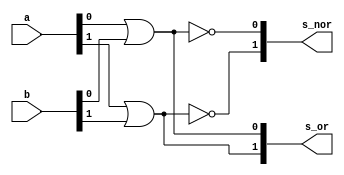
// -------------------------
// Exemplo0034 - OR/NOR e XOR/XNOR - 4 bits - Selecionvel
// Nome: Daniel Telles McGinnis
// -------------------------
// Previso:
// A sada sero a disjuno (OR) e a negao da disjuno (NOR) de cada bit dos
// dois operandos de 2 bits que servirem de entrada para subcircuito, e depois a
// disjuno exclusiva (XOR) e a negao da disjuno exclusiva (XNOR).
// Teste 1:
// Entradas: [a = 00 e b = 01], [a = 11 e b = 01], [primeiro: chave = 0, depois: chave = 1].
// Observaes da sada:
// A sada so oito linhas, duas para a disjuno feita bit a bit,
// duas para a negao da disjuno feita bit a bit, duas linhas
// para a disjuno exclusiva (XOR) e duas linhas para a negao
// da disjuno exclusiva (XNOR), como esperado.

module or_nor(output [1:0] s_or, output [1:0] s_nor,
              input [1:0] a, input [1:0] b);

	or D0 (s_or[0], a[0], b[0]);
	or D1 (s_or[1], a[1], b[1]);

	nor A0 (s_nor[0], a[0], b[0]);
	nor A1 (s_nor[1], a[1], b[1]);

endmodule // or_nor

module xor_xnor(output [1:0] s_xor, output [1:0] s_xnor,
                input [1:0] a, input [1:0] b);

	xor ND0 (s_xor[0], a[0], b[0]);
	xor ND1 (s_xor[1], a[1], b[1]);

	xnor NA0 (s_xnor[0], a[0], b[0]);
	xnor NA1 (s_xnor[1], a[1], b[1]);

endmodule // xor_xnor

module subcircuito(output [1:0] final,
                   input chave, input chave2, input [1:0] a, input [1:0] b);
	wire [1:0] s1;
	wire [1:0] s2;
	wire [1:0] s_or_nor_OR;
	wire [1:0] s_or_nor_NOR;
	wire [1:0] s_xor_xnor_XOR;
	wire [1:0] s_xor_xnor_XNOR;
	wire chaveNegada;
	wire chave2Negada;
	wire [1:0] intermedio1;
	wire [1:0] intermedio2;
	wire [1:0] intermedio1b;
	wire [1:0] intermedio2b;
	wire quaseFinal1;
	wire quaseFinal2;
	wire quaseFinal1b;
	wire quaseFinal2b;

	or_nor N1 (s_or_nor_OR, s_or_nor_NOR, a, b);
	xor_xnor N2 (s_xor_xnor_XOR, s_xor_xnor_XNOR, a, b);
	
	// primeiro vamos decidir qual  o valor de s1, OR ou XOR
	// para depois decidir qual  o valor de s2, NOR ou XNOR.

	// OR ou XOR

	not S0 (chaveNegada, chave);

	and S1 (intermedio1[0], s_or_nor_OR[0], chaveNegada);
	and S2 (intermedio2[0], s_xor_xnor_XOR[0], chave);
	or S3 (s1[0], intermedio1[0], intermedio2[0]);

	and S4 (intermedio1[1], s_or_nor_OR[1], chaveNegada);
	and S5 (intermedio2[1], s_xor_xnor_XOR[1], chave);
	or S6 (s1[1], intermedio1[1], intermedio2[1]);

	// NOR ou XNOR

	and S13 (intermedio1b[0], s_or_nor_NOR[0], chaveNegada);
	and S14 (intermedio2b[0], s_xor_xnor_XNOR[0], chave);
	or S15 (s2[0], intermedio1b[0], intermedio2b[0]);

	and S16 (intermedio1b[1], s_or_nor_NOR[1], chaveNegada);
	and S17 (intermedio2b[1], s_xor_xnor_XNOR[1], chave);
	or S18 (s2[1], intermedio1b[1], intermedio2b[1]);

	// J escolhemos o grupo, agora
	// escolheremos a operao especfica.

	not S19 (chave2Negada, chave2);

	and S20 (quaseFinal1, s2[0], chave2);
	and S21 (quaseFinal2, s1[0], chave2Negada);
	or S22 (final[0], quaseFinal1, quaseFinal2);
	
	and S23 (quaseFinal1b, s2[1], chave2);
	and S24 (quaseFinal2b, s1[1], chave2Negada);
	or S25 (final[1], quaseFinal1b, quaseFinal2b);

endmodule // subcircuito

module test_subcircuito;
	// ------------------------- definir dados
	reg chave;
	reg chave2;
	reg [1:0] x;
	reg [1:0] y;
	wire [1:0] s;
	subcircuito modulo (s, chave, chave2, x, y);
	// ------------------------- parte principal
	initial begin
		$display("Exemplo0034 - Daniel Telles McGinnis - 435042");
		$display("Test LU's module");

		chave = 0;
		chave2 = 0;
		x = 2'b00;
		y = 2'b01;
		#1 $display("chave = 00,   or(%b, %b) = %b", x, y, s);
		x = 2'b11;
		y = 2'b01;
		#1 $display("chave = 00,   or(%b, %b) = %b\n", x, y, s);

		chave = 0;
		chave2 = 1;
		x = 2'b00;
		y = 2'b01;
		#1 $display("chave = 01,  nor(%b, %b) = %b", x, y, s);
		x = 2'b11;
		y = 2'b01;
		#1 $display("chave = 01,  nor(%b, %b) = %b\n", x, y, s);

		chave = 1;
		chave2 = 0;
		x = 2'b00;
		y = 2'b01;
		#1 $display("chave = 10,  xor(%b, %b) = %b", x, y, s);
		x = 2'b11;
		y = 2'b01;
		#1 $display("chave = 10,  xor(%b, %b) = %b\n", x, y, s);

		chave = 1;
		chave2 = 1;
		x = 2'b00;
		y = 2'b01;
		#1 $display("chave = 11, xnor(%b, %b) = %b", x, y, s);
		x = 2'b11;
		y = 2'b01;
		#1 $display("chave = 11, xnor(%b, %b) = %b", x, y, s);
	end
endmodule // test_subcircuito